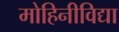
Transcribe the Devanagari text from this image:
मोहिनीविद्या